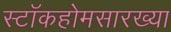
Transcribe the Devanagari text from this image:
स्टॉकहोमसारख्या